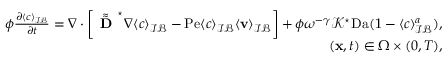
\begin{array} { r } { \phi \frac { \partial \langle c \rangle _ { \mathcal { I B } } } { \partial t } = \nabla \cdot \left[ \tilde { \tilde { \textbf { D } } } ^ { \star } \nabla \langle c \rangle _ { \mathcal { I B } } - \mathrm { P e } \langle c \rangle _ { \mathcal { I B } } \langle \mathbf v \rangle _ { \mathcal { I B } } \right] + \phi \omega ^ { - \gamma } \mathcal { K } ^ { \star } \mathrm { D a } ( 1 - \langle c \rangle _ { \mathcal { I B } } ^ { a } ) , } \\ { ( \mathbf x , t ) \in \Omega \times ( 0 , T ) , } \end{array}